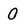
Character: 0